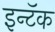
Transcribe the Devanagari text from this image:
इन्टॅक